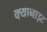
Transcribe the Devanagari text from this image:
क्यानाइट